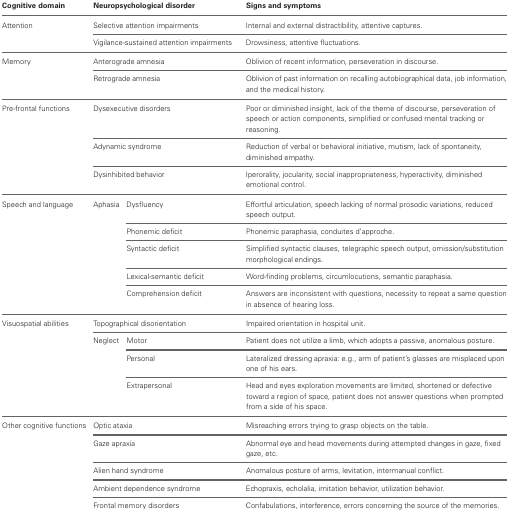
<table><thead><tr><td><b>Cognitive domain</b></td><td colspan="2"><b>Neuropsychological disorder</b></td><td><b>Signs and symptoms</b></td></tr></thead><tbody><tr><td>Attention</td><td colspan="2">Selective attention impairments</td><td>Internal and external distractibility, attentive captures.</td></tr><tr><td></td><td colspan="2">Vigilance-sustained attention impairments</td><td>Drowsiness, attentive fluctuations.</td></tr><tr><td>Memory</td><td colspan="2">Anterograde amnesia</td><td>Oblivion of recent information, perseveration in discourse.</td></tr><tr><td></td><td colspan="2">Retrograde amnesia</td><td>Oblivion of past information on recalling autobiographical data, job information, and the medical history.</td></tr><tr><td>Pre-frontal functions</td><td colspan="2">Dysexecutive disorders</td><td>Poor or diminished insight, lack of the theme of discourse, perseveration of speech or action components, simplified or confused mental tracking or reasoning.</td></tr><tr><td></td><td colspan="2">Adynamic syndrome</td><td>Reduction of verbal or behavioral initiative, mutism, lack of spontaneity, diminished empathy.</td></tr><tr><td></td><td colspan="2">Dysinhibited behavior</td><td>Iperorality, jocularity, social inappropriateness, hyperactivity, diminished emotional control.</td></tr><tr><td>Speech and language</td><td>Aphasia</td><td>Dysfluency</td><td>Effortful articulation, speech lacking of normal prosodic variations, reduced speech output.</td></tr><tr><td></td><td></td><td>Phonemic deficit</td><td>Phonemic paraphasia, conduites d&#x27;approche.</td></tr><tr><td></td><td></td><td>Syntactic deficit</td><td>Simplified syntactic clauses, telegraphic speech output, omission/substitution morphological endings.</td></tr><tr><td></td><td></td><td>Lexical-semantic deficit</td><td>Word-finding problems, circumlocutions, semantic paraphasia.</td></tr><tr><td></td><td></td><td>Comprehension deficit</td><td>Answers are inconsistent with questions, necessity to repeat a same question in absence of hearing loss.</td></tr><tr><td>Visuospatial abilities</td><td colspan="2">Topographical disorientation</td><td>Impaired orientation in hospital unit.</td></tr><tr><td></td><td>Neglect</td><td>Motor</td><td>Patient does not utilize a limb, which adopts a passive, anomalous posture.</td></tr><tr><td></td><td></td><td>Personal</td><td>Lateralized dressing apraxia: e.g., arm of patient&#x27;s glasses are misplaced upon one of his ears.</td></tr><tr><td></td><td></td><td>Extrapersonal</td><td>Head and eyes exploration movements are limited, shortened or defective toward a region of space, patient does not answer questions when prompted from a side of his space.</td></tr><tr><td>Other cognitive functions</td><td colspan="2">Optic ataxia</td><td>Misreaching errors trying to grasp objects on the table.</td></tr><tr><td></td><td colspan="2">Gaze apraxia</td><td>Abnormal eye and head movements during attempted changes in gaze, fixed gaze, etc.</td></tr><tr><td></td><td colspan="2">Alien hand syndrome</td><td>Anomalous posture of arms, levitation, intermanual conflict.</td></tr><tr><td></td><td colspan="2">Ambient dependence syndrome</td><td>Echopraxis, echolalia, imitation behavior, utilization behavior.</td></tr><tr><td></td><td colspan="2">Frontal memory disorders</td><td>Confabulations, interference, errors concerning the source of the memories.</td></tr></tbody></table>